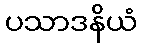
ပသာဒနိယံ